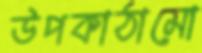
উপকাঠামো